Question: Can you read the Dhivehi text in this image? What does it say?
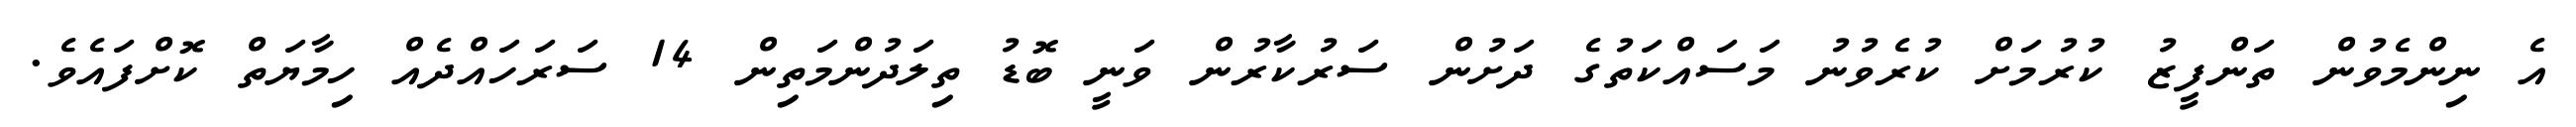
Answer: އެ ނިންމެވުން ތަންފީޒު ކުރުމަށް ކުރެވުނު މަސައްކަތުގެ ދަށުން ސަރުކާރުން ވަނީ ބޮޑު ތިލަދުންމަތިން 14 ސަރަހައްދެއް ހިމާޔަތް ކޮށްފައެވެ.